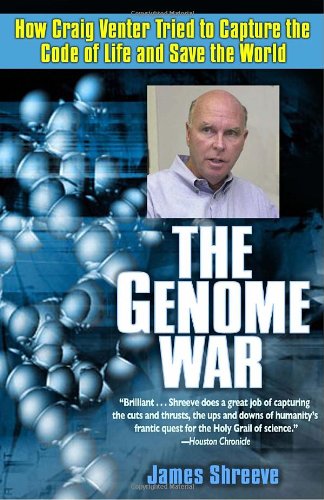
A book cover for The Genome War: How Craig Venter Tried to Capture the Code of Life and Save the World; James Shreeve; Health, Fitness & Dieting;